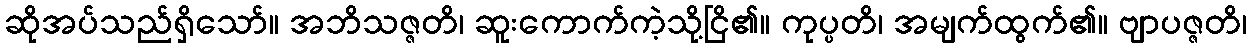
ဆိုအပ်သည်ရှိသော်။ အဘိသဇ္ဇတိ၊ ဆူးကောက်ကဲ့သို့ငြိ၏။ ကုပ္ပတိ၊ အမျက်ထွက်၏။ ဗျာပဇ္ဇတိ၊